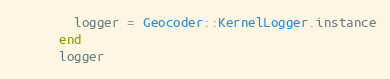
Language: Ruby
        logger = Geocoder::KernelLogger.instance
      end
      logger